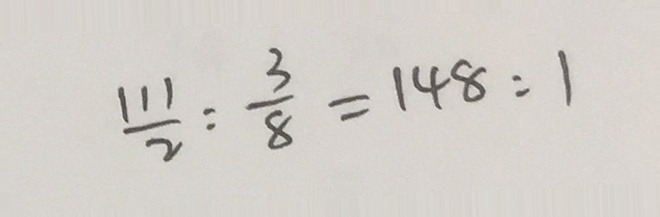
\frac { 1 1 1 } { 2 } : \frac { 3 } { 8 } = 1 4 8 : 1